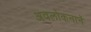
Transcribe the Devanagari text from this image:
अवलोकनानें